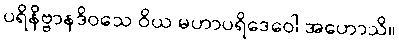
ပရိနိဗ္ဗာနဒိဝသေ ဝိယ မဟာပရိဒေဝေါ အဟောသိ။